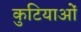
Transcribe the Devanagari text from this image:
कुटियाओं